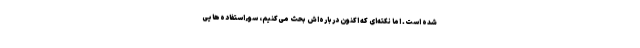
شده است. اما نکته‌ای که اکنون درباره‌اش بحث می‌کنیم، سوءاستفاده‌هایی